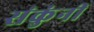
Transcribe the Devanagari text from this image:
संकुंनी